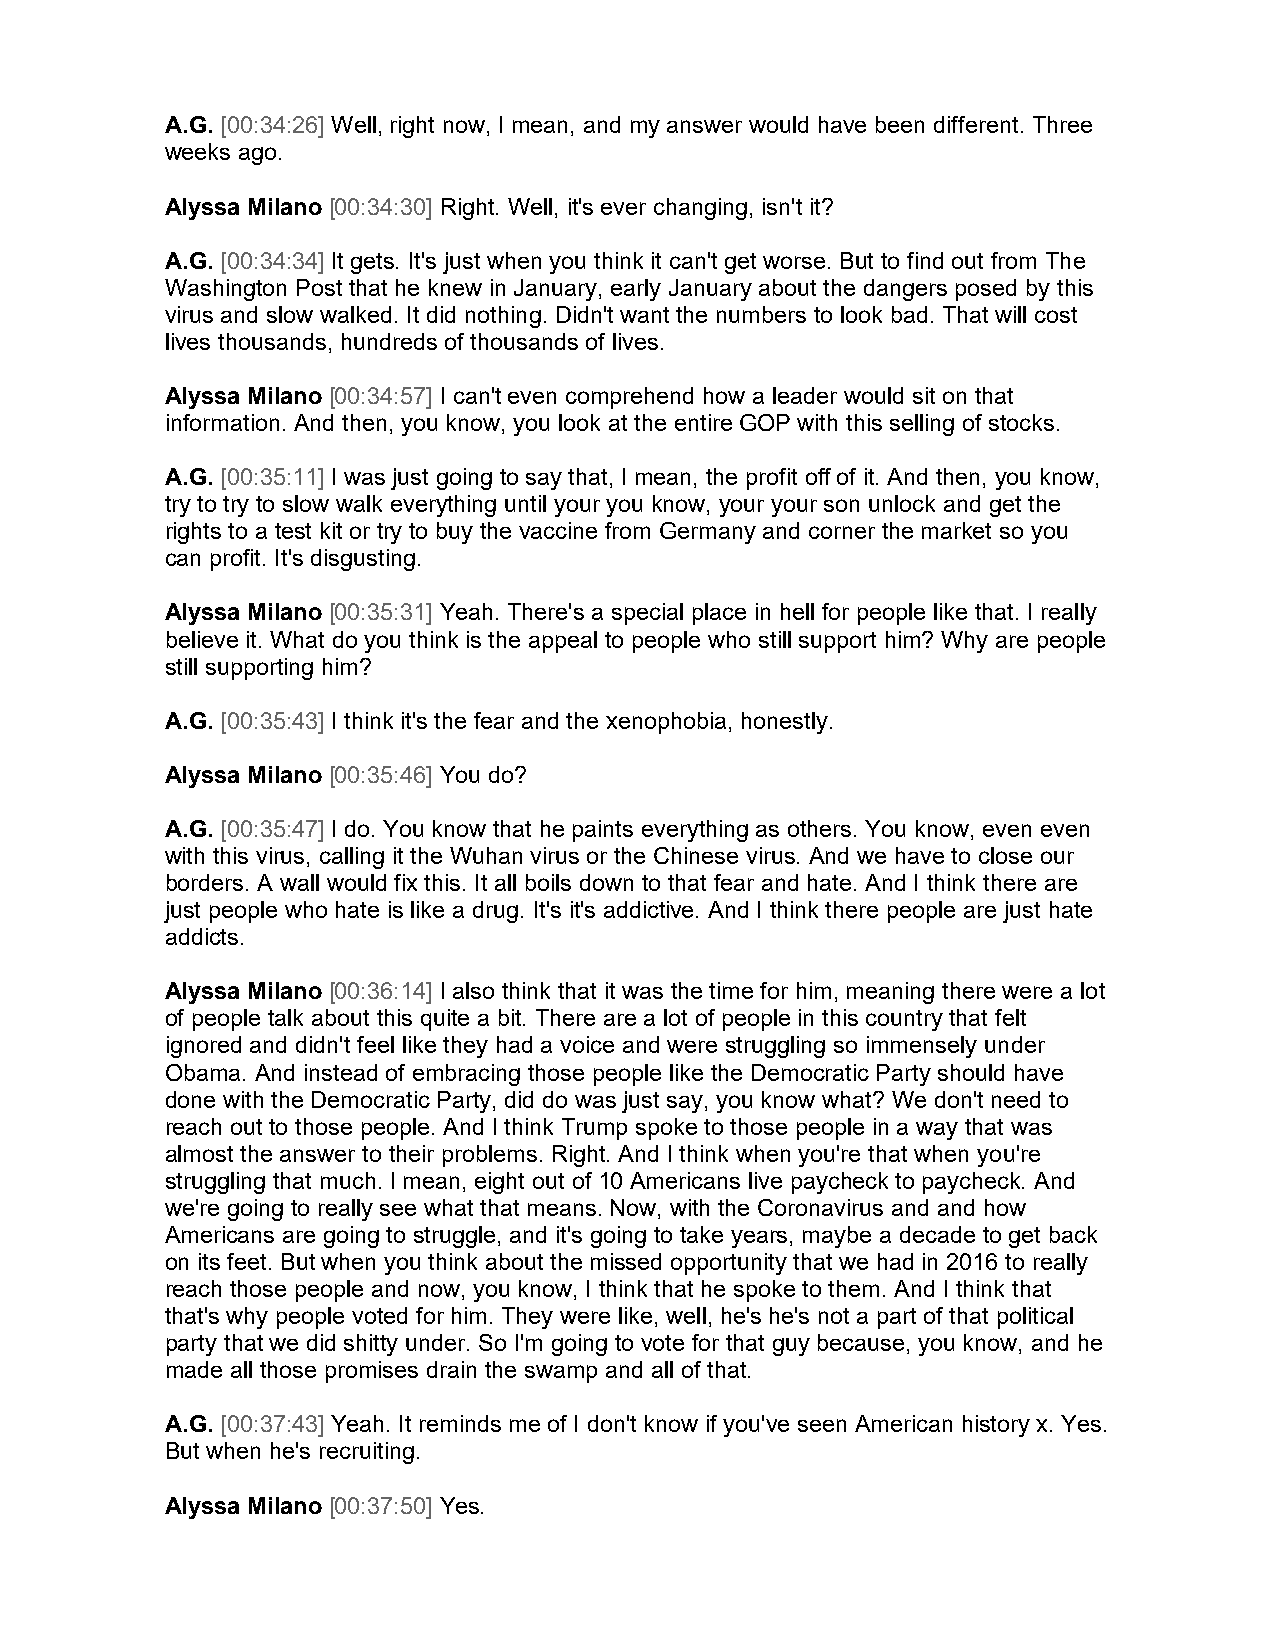
A.G. [00:34:26] Well, right now, I mean, and my answer would have been different. Three
 weeks ago.
 Alyssa Milano [00:34:30] Right. Well, it's ever changing, isn't it?
 A.G. [00:34:34] It gets. It's just when you think it can't get worse. But to find out from The
 Washington Post that he knew in January, early January about the dangers posed by this
 virus and slow walked. It did nothing. Didn't want the numbers to look bad. That will cost
 lives thousands, hundreds of thousands of lives.
 Alyssa Milano [00:34:57] I can't even comprehend how a leader would sit on that
 information. And then, you know, you look at the entire GOP with this selling of stocks.
 A.G. [00:35:11] I was just going to say that, I mean, the profit off of it. And then, you know,
 try to try to slow walk everything until your you know, your your son unlock and get the
 rights to a test kit or try to buy the vaccine from Germany and corner the market so you
 can profit. It's disgusting.
 Alyssa Milano [00:35:31] Yeah. There's a special place in hell for people like that. I really
 believe it. What do you think is the appeal to people who still support him? Why are people
 still supporting him?
 A.G. [00:35:43] I think it's the fear and the xenophobia, honestly.
 Alyssa Milano [00:35:46] You do?
 A.G. [00:35:47] I do. You know that he paints everything as others. You know, even even
 with this virus, calling it the Wuhan virus or the Chinese virus. And we have to close our
 borders. A wall would fix this. It all boils down to that fear and hate. And I think there are
 just people who hate is like a drug. It's it's addictive. And I think there people are just hate
 addicts.
 Alyssa Milano [00:36:14] I also think that it was the time for him, meaning there were a lot
 of people talk about this quite a bit. There are a lot of people in this country that felt
 ignored and didn't feel like they had a voice and were struggling so immensely under
 Obama. And instead of embracing those people like the Democratic Party should have
 done with the Democratic Party, did do was just say, you know what? We don't need to
 reach out to those people. And I think Trump spoke to those people in a way that was
 almost the answer to their problems. Right. And I think when you're that when you're
 struggling that much. I mean, eight out of 10 Americans live paycheck to paycheck. And
 we're going to really see what that means. Now, with the Coronavirus and and how
 Americans are going to struggle, and it's going to take years, maybe a decade to get back
 on its feet. But when you think about the missed opportunity that we had in 2016 to really
 reach those people and now, you know, I think that he spoke to them. And I think that
 that's why people voted for him. They were like, well, he's he's not a part of that political
 party that we did shitty under. So I'm going to vote for that guy because, you know, and he
 made all those promises drain the swamp and all of that.
 A.G. [00:37:43] Yeah. It reminds me of I don't know if you've seen American history x. Yes.
 But when he's recruiting.
 Alyssa Milano [00:37:50] Yes.